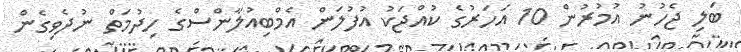
ބަލި ޖެހުނު އުމުރުން 10 އަހަރުގެ ކުއްޖަކު އުފުލަން އެމްބިއުލާންސްގެ ހިދުމަތް ނުދެވިގެން